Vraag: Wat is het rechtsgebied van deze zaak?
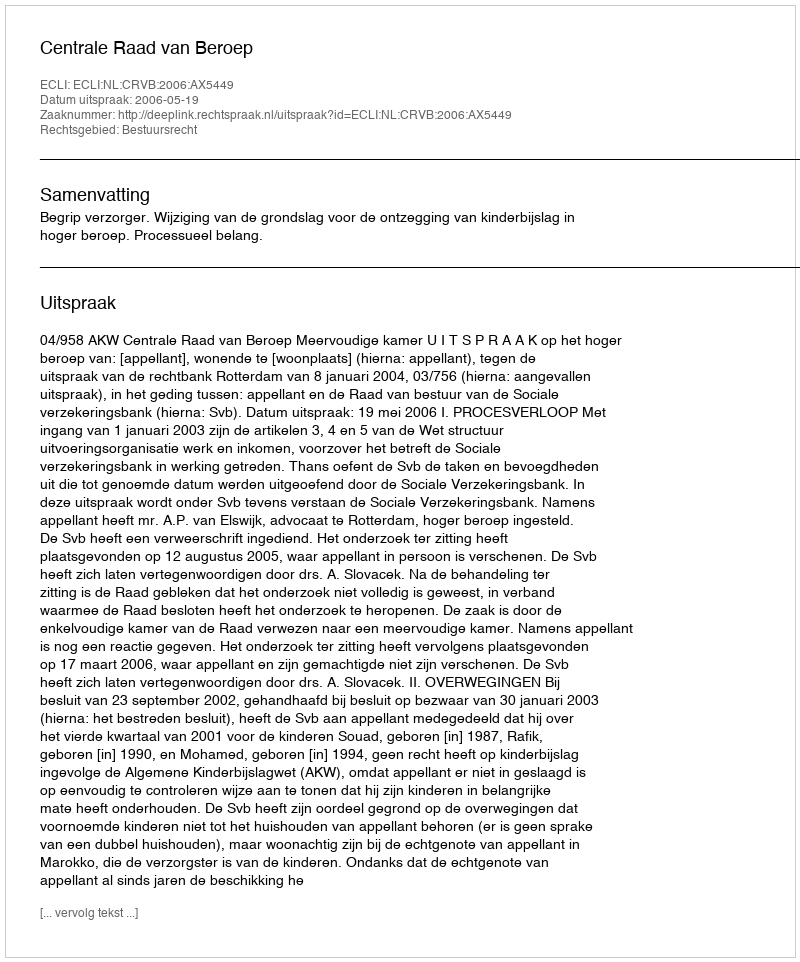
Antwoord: Bestuursrecht